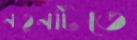
নতুনটিতে